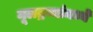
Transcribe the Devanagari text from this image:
मूलद्रव्यांमध्ये